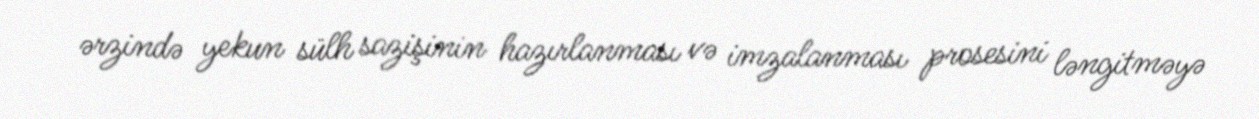
ərzində yekun sülh sazişinin hazırlanması və imzalanması prosesini ləngitməyə